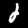
Label: 2